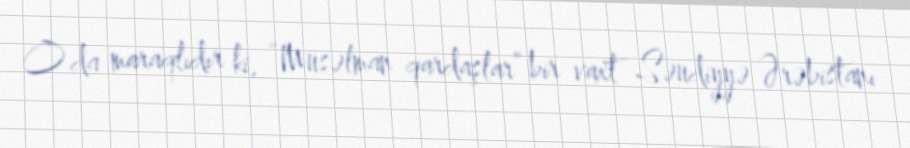
O da maraqlıdır ki, “Müsəlman qardaşlar” bir vaxt Səudiyyə Ərəbistanı